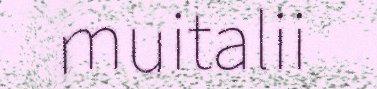
muitalii